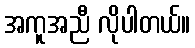
အကူအညီ လိုပါတယ်။